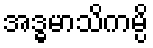
အဒ္ဓမာသိကမ္ပိ